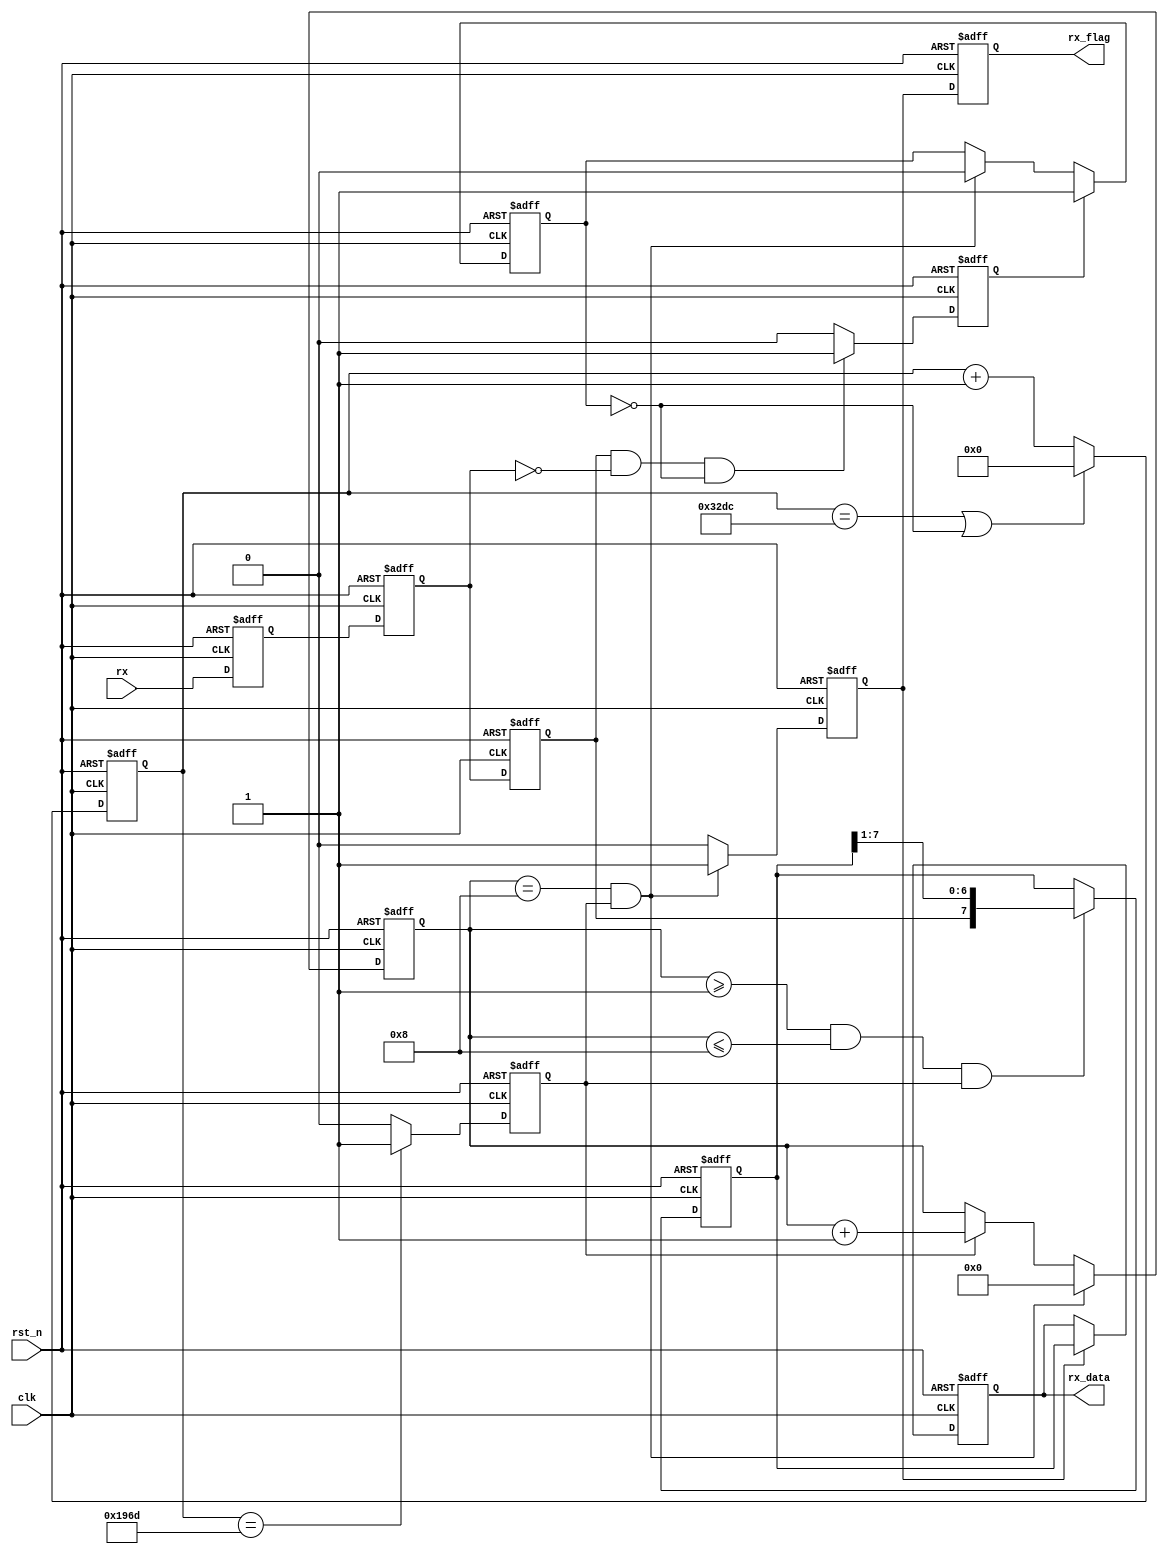
`timescale 1ns / 1ps

module Uart_RX(
    input wire clk,
    input wire rst_n,
    input wire rx,
    output reg [7:0] rx_data,
    output reg rx_flag
    );

/****************************************/
parameter N=13021; //N=/f=125Mhz,baud=9600N
reg rx_reg1;//
reg rx_reg2;//
reg rx_reg3;//
reg start_flag;//
reg work_en;//
reg [31:0] baud_cnt;//
reg bit_flag;//
reg [3:0] bit_cnt;//0-8
reg [7:0] rx_data_reg;//
reg rx_flag_reg;//

/*****************************************/
//
always@(posedge clk or negedge rst_n)
    begin
        if(!rst_n)
            rx_reg1<=1;
        else
            rx_reg1<=rx;
    end

always@(posedge clk or negedge rst_n)
    begin
        if(!rst_n)
            rx_reg2<=1;
        else
            rx_reg2<=rx_reg1;
    end

always@(posedge clk or negedge rst_n)
    begin
        if(rst_n==0)
            rx_reg3<=1;
        else
            rx_reg3<=rx_reg2;
    end

/*****************************************/
always@(posedge clk or negedge rst_n)
    begin
        if(!rst_n)
            start_flag<=0;
        else if((rx_reg3==1)&&(rx_reg2==0)&&(work_en==0))//reg3clk
            start_flag<=1;
        else 
            start_flag<=0;
    end

/*****************************************/
always@(posedge clk or negedge rst_n)
    begin
        if(!rst_n)
            work_en<=0;
        else if(start_flag==1)//clk
            work_en<=1;
        else if((bit_cnt==8)&&(bit_flag==1))
            work_en<=0;
        else
            work_en<=work_en;
    end

/*****************************************/
always@(posedge clk or negedge rst_n)
    begin
        if(!rst_n)
            baud_cnt<=0;
        else if((baud_cnt==N-1)||(work_en==0))
            baud_cnt<=0;
        else
            baud_cnt<=baud_cnt+1;
    end

/*****************************************/
always@(posedge clk or negedge rst_n)
    begin
        if(!rst_n)
            bit_flag<=0;
        else if(baud_cnt==(N/2-1))
            bit_flag<=1;
        else
            bit_flag<=0;
    end

/*****************************************/
always@(posedge clk or negedge rst_n)
    begin
        if(!rst_n)
            bit_cnt<=0;
        else if((bit_cnt==8)&&(bit_flag==1))
            bit_cnt<=0;
        else if(bit_flag==1)
            bit_cnt<=bit_cnt+1;
    end
        
/*****************************************/
always@(posedge clk or negedge rst_n)
    begin
        if(!rst_n)
            rx_data_reg<=0;
        else if((bit_cnt>=1)&&(bit_cnt<=8)&&(bit_flag==1))
            rx_data_reg<={rx_reg3,rx_data_reg[7:1]};
    end
    
/*****************************************/
always@(posedge clk or negedge rst_n)
    begin
        if(!rst_n)
            rx_flag_reg<=0;
        else if((bit_cnt==8)&&(bit_flag==1))
            rx_flag_reg<=1;
        else 
            rx_flag_reg<=0;
    end

/*****************************************/
always@(posedge clk or negedge rst_n)
    begin
        if(!rst_n)
            rx_data<=0;
        else if(rx_flag_reg==1)
            rx_data<=rx_data_reg;
    end

always@(posedge clk or negedge rst_n)
    begin
        if(!rst_n)
            rx_flag<=0;
        else
            rx_flag<=rx_flag_reg;
    end
    
endmodule